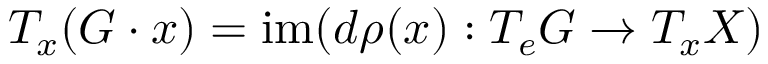
T _ { x } ( G \cdot x ) = \operatorname { i m } ( d \rho ( x ) : T _ { e } G \to T _ { x } X )